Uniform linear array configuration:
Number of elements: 64
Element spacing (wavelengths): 1
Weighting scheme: hamming
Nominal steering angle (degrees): -45
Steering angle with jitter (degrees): -43.146
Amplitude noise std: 0.05
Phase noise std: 0.05

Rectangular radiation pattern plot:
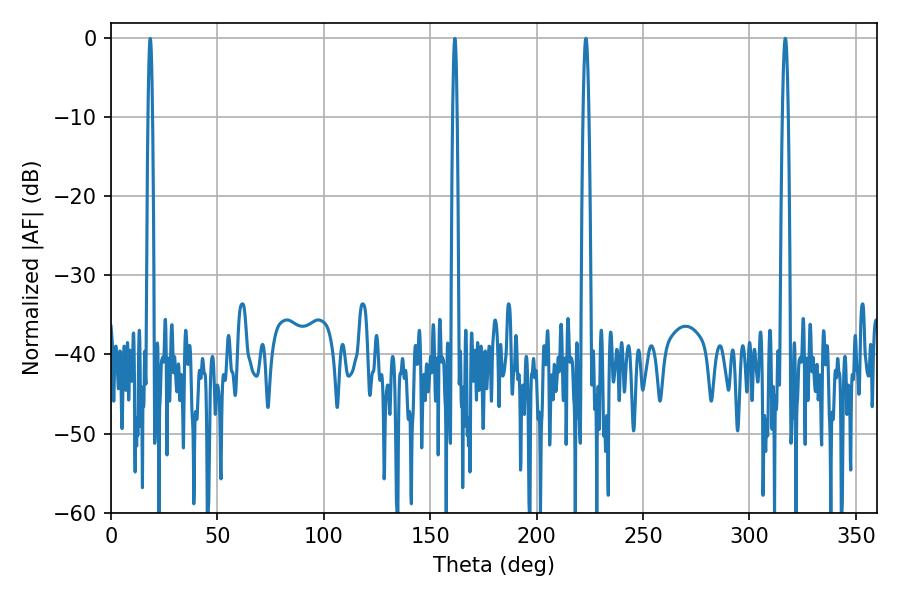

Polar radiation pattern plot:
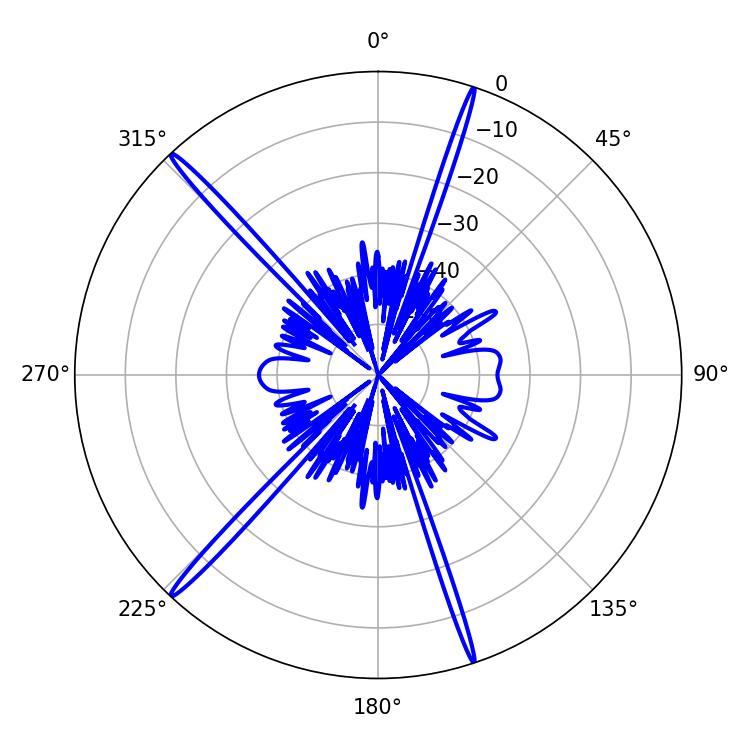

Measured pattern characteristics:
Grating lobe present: TRUE
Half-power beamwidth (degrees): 1.44
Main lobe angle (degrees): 316.8